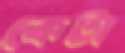
কেটা